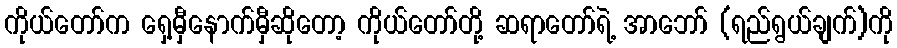
ကိုယ်တော်က ရှေ့မှီနောက်မှီဆိုတော့ ကိုယ်တော်တို့ ဆရာတော်ရဲ့ အာဘော် (ရည်ရွယ်ချက်)ကို